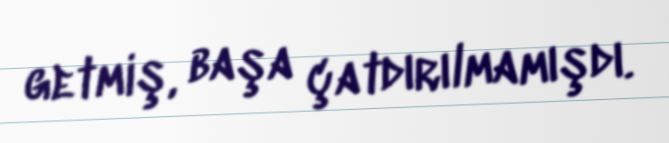
getmiş, başa çatdırılmamışdı.